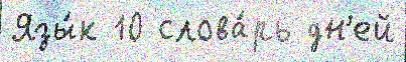
Язы́к 10 слова́рь дн'ей